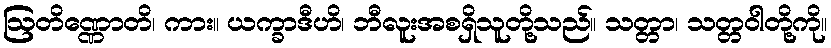
ဩတိဏ္ဏောတိ၊ ကား။ ယက္ခာဒီဟိ၊ ဘီလူးအစရှိသူတို့သည်။ သတ္တာ၊ သတ္တဝါတို့ကို။